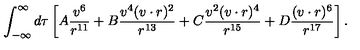
\int _ { - \infty } ^ { \infty } d \tau \left[ A \frac { v ^ { 6 } } { r ^ { 1 1 } } + B \frac { v ^ { 4 } ( v \cdot r ) ^ { 2 } } { r ^ { 1 3 } } + C \frac { v ^ { 2 } ( v \cdot r ) ^ { 4 } } { r ^ { 1 5 } } + D \frac { ( v \cdot r ) ^ { 6 } } { r ^ { 1 7 } } \right] .